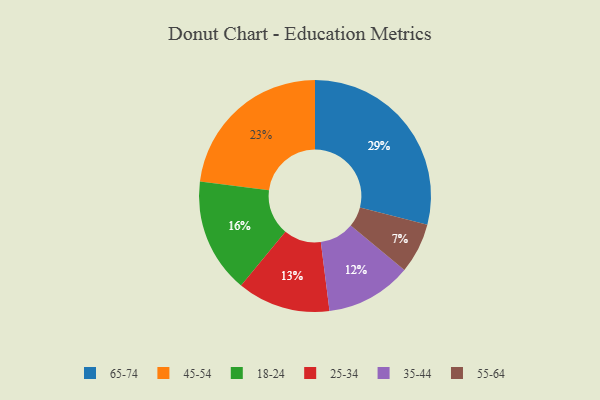
{"axis": {"x": "Category", "y": "Percentage"}, "legend": ["18-24", "25-34", "35-44", "45-54", "55-64", "65-74"], "data": [{"x": "65-74", "y": 29, "type": "65-74"}, {"x": "18-24", "y": 16, "type": "18-24"}, {"x": "25-34", "y": 13, "type": "25-34"}, {"x": "55-64", "y": 7, "type": "55-64"}, {"x": "45-54", "y": 23, "type": "45-54"}, {"x": "35-44", "y": 12, "type": "35-44"}]}